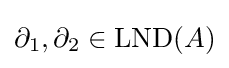
\partial _{1},\partial _{2}\in \operatorname {LND} (A)